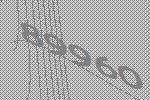
89960